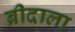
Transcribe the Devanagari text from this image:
ब्रीदाला